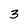
Character: 3